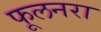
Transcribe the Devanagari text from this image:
फूलनरा